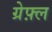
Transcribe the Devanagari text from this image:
ग्रेफ़्ल